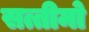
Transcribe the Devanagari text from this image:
सत्तीमो